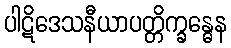
ပါဋိဒေသနီယာပတ္တိက္ခန္ဓေန